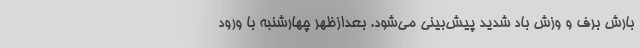
بارش برف و وزش باد شدید پیش‌بینی می‌شود. بعدازظهر چهارشنبه با ورود